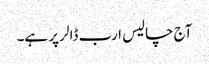
آج چالیس ارب ڈالر پر ہے۔